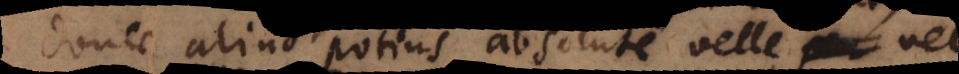
donec aliud potius absolute velle vel